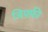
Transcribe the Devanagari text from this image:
जिफ़्फ़ी